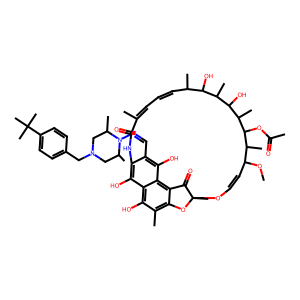
SMILES: COC1C=COC2(C)Oc3c(C)c(O)c4c(O)c(c(C=NN5C(C)CN(Cc6ccc(C(C)(C)C)cc6)CC5C)c(O)c4c3C2=O)NC(=O)C(C)=CC=CC(C)C(O)C(C)C(O)C(C)C(OC(C)=O)C1C
Inhibits HIV replication: No